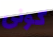
كونى